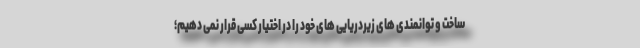
ساخت و توانمندی های زیردریایی های خود را در اختیار کسی قرار نمی دهیم؛